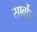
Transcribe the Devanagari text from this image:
सार्वोच्च